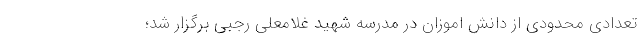
تعدادی محدودی از دانش اموزان در مدرسه شهید غلامعلی رجبی برگزار شد؛